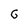
Character: G